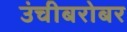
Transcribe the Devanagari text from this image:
उंचीबरोबर